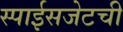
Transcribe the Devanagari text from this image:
स्पाईसजेटची